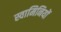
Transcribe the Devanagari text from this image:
स्वामिनियों